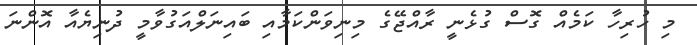
މި ހުރިހާ ކަމެއް ގޮސް ގުޅެނީ ރާއްޖޭގެ މިނިވަންކަމާއި ބައިނަލްއަގުވާމީ ދުނިޔެއާ އޮންނަ